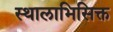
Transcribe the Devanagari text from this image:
स्थालाभिसिक्त